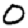
Digit: 0